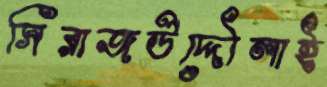
সিরাজউদ্দৌলাই